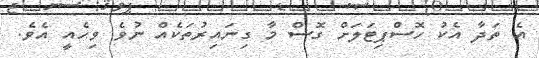
އެ ތަދާ އެކު ހޮސްޕިޓަލަށް ގޮސް މާ ގިނައިރުތަކެއް ނުވެ ވިހެއީ އެވެ.